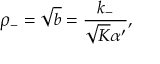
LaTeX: \rho _ { - } = \sqrt { b } = \frac { k _ { - } } { \sqrt { K } \alpha ^ { \prime } } ,